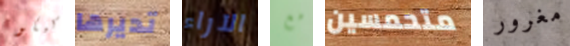
كيكو تديرها الآراء مع متحمسين مغرور